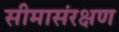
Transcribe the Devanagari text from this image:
सीमासंरक्षण